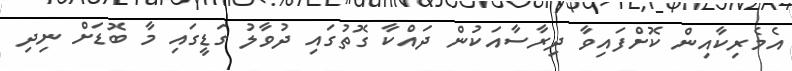
އެމެރިކާއިން ކޮށްފައިވާ ދިރާސާއަކުން ދައްކާ ގޮތުގައި ދުވާލު ގަޑީގައި މާ ބޮޑަށް ނިދި